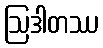
ဩဒါတဿ